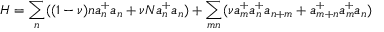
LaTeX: H = \sum _ { n } ( ( 1 - \nu ) n a _ { n } ^ { + } a _ { n } + \nu N a _ { n } ^ { + } a _ { n } ) + \sum _ { m n } ( \nu a _ { m } ^ { + } a _ { n } ^ { + } a _ { n + m } + a _ { m + n } ^ { + } a _ { m } ^ { + } a _ { n } )